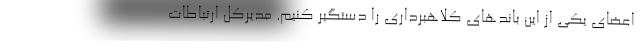
اعضای یکی از این باندهای کلاهبرداری را دستگیر کنیم. مدیرکل ارتباطات